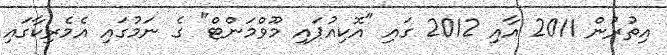
އިތުރުން 2011 އާއި 2012 ގައި "އޮކިއުޕައި މޫވްމަންޓް" ގެ ނަމުގައި އެމެރިކާގައި